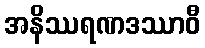
အနိဿရဏဒဿာဝီ